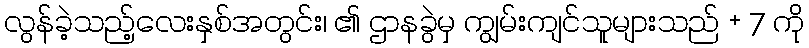
လွန်ခဲ့သည့်လေးနှစ်အတွင်း၊ ၏ ဌာနခွဲမှ ကျွမ်းကျင်သူများသည် + 7 ကို